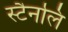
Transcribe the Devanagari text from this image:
स्टैनलि